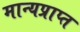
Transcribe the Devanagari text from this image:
मान्यप्राप्त